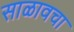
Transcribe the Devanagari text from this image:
साळावचा